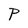
Character: P